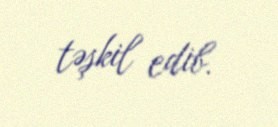
təşkil edib.